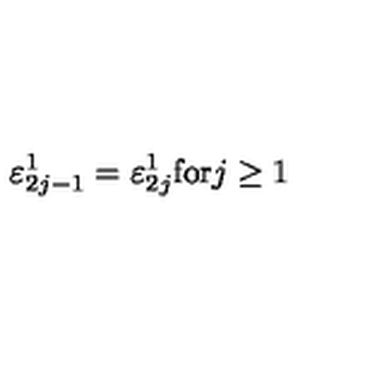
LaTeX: \varepsilon _ { 2 j - 1 } ^ { 1 } = \varepsilon _ { 2 j } ^ { 1 } \mathrm { f o r } j \geq 1